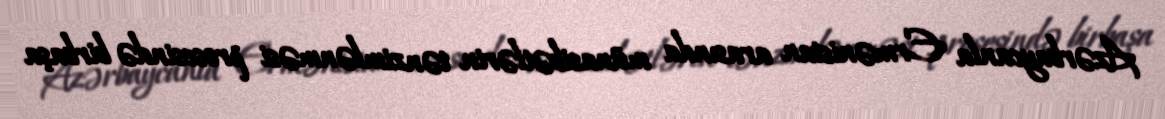
Azərbaycanla Ermənistan arasında münasibətlərin tənzimlənməsi prosesində birbaşa